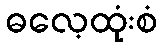
ဓလေ့ထုံးစံ